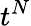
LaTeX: t^{N}